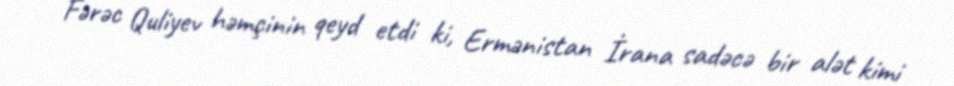
Fərəc Quliyev həmçinin qeyd etdi ki, Ermənistan İrana sadəcə bir alət kimi